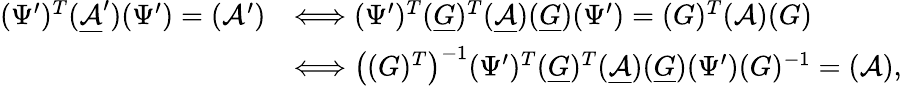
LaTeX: \begin{array}{rl}{(\Psi^{\prime})^{T}(\mathcal{\underline{A}}^{\prime})(\Psi^{\prime})=(\mathcal{A}^{\prime})}&{\Longleftrightarrow(\Psi^{\prime})^{T}(\underline{{G}})^{T}(\underline{{\mathcal A}})(\underline{G})(\Psi^{\prime})=(G)^{T}(\mathcal{A})(G)}\\ &{\Longleftrightarrow\left((G)^{T}\right)^{-1}(\Psi^{\prime})^{T}(\underline{G})^{T}(\underline{{\mathcal A}})(\underline{G})(\Psi^{\prime})(G)^{-1}=(\mathcal A),}\end{array}